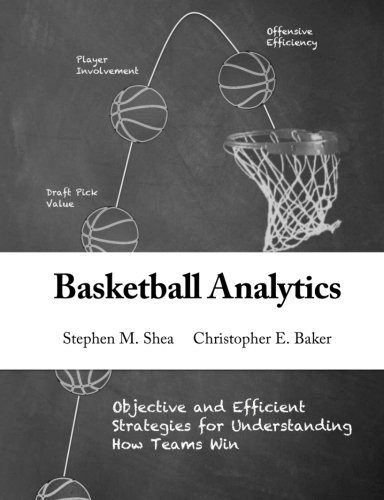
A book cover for Basketball Analytics: Objective and Efficient Strategies for Understanding How Teams Win; Stephen M. Shea; Sports & Outdoors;